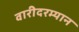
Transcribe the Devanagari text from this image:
वारीदरम्यान